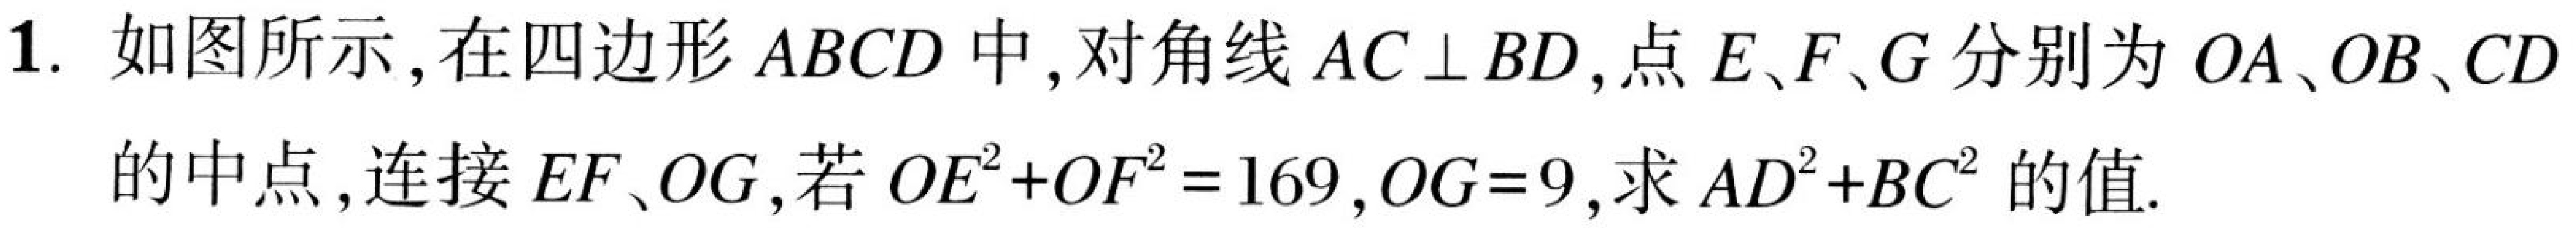
1. 如图所示,在四边形\(ABCD\)中,对角线\(AC\perp BD\),点\(E、F、G\)分别为\(OA、OB、CD\)的中点,连接\(EF、OG\),若\(OE^{2}+OF^{2}=169\),\(OG = 9\),求\(AD^{2}+BC^{2}\)的值.